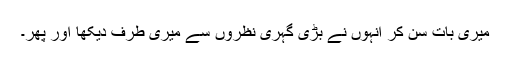
میری بات سن کر انہوں نے بڑی گہری نظروں سے میری طرف دیکھا اور پھر۔